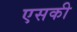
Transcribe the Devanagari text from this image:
एसकी